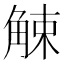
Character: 觫